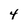
Character: 4